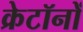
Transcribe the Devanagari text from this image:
क्रेटॉनों